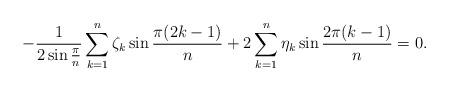
LaTeX: \begin{align*} -\frac{1}{2 \sin \frac{\pi}{n}}\sum \limits _{k=1}^{n} \zeta _k \sin \frac{\pi(2k-1)}{n}+2\sum \limits _{k=1}^{n} \eta_k \sin \frac{2 \pi (k-1)}{n}=0.\end{align*}